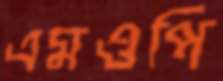
এমওপি